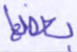
بعضها